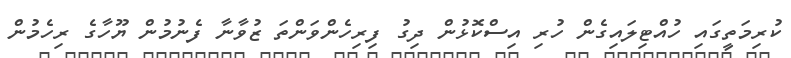
ކުރިމަތީގައި ހުއްޓިލައިގެން ހުރި އިސްކޮޅުން ދިގު ފިރިހެންވަންތަ ޒުވާނާ ފެނުމުން ޔޫހާގެ ރިހެމުން